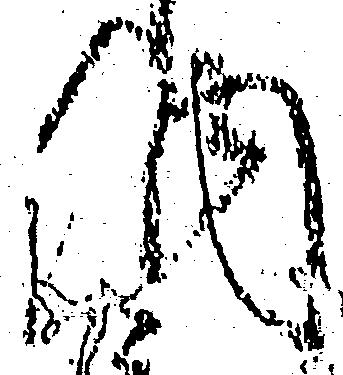
納